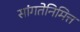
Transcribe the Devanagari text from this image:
सांगतेनिमित्त